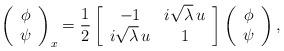
LaTeX: \begin{align*}\left(\begin{array}{cc} \phi\\ \psi\end{array}\right)_x=\frac{1}{2}\left[\begin{array}{cc} -1& i\sqrt{\lambda}\,u\\ i\sqrt{\lambda}\,u& 1\end{array}\right]\left(\begin{array}{cc} \phi\\ \psi\end{array}\right),\end{align*}